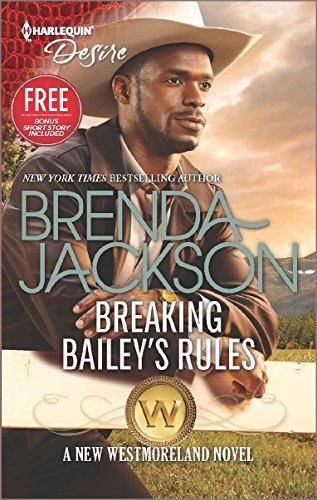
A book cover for Breaking Bailey's Rules (The Westmorelands); Brenda Jackson; Romance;